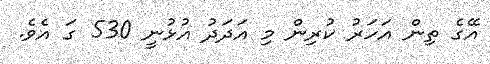
އޭގެ ތިން އަހަރު ކުރިން މި އަދަދު އުޅުނީ 530 ގަ އެވެ.